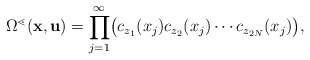
\begin{align*}\Omega^\lessdot(\mathbf{x}, \mathbf{u}) =\prod_{j=1}^\infty \bigl(c_{z_1}(x_j) c_{z_2}(x_j) \cdots c_{z_{2N}}(x_j)\bigr),\end{align*}